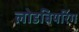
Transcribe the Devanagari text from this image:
लोडबियरिंग